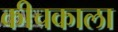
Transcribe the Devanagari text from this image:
कीचकाला